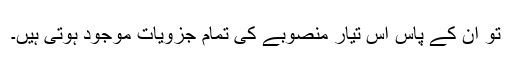
تو ان کے پاس اس تیار منصوبے کی تمام جزویات موجود ہوتی ہیں۔